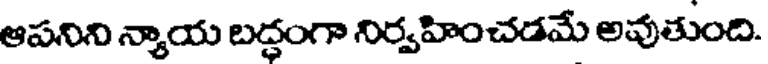
ఆపనిని న్యాయ బద్ధంగా నిర్వహించడమే అవుతుంది.